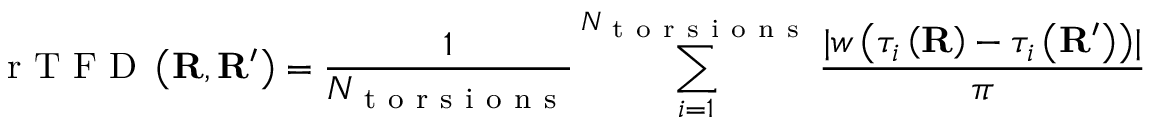
\mathrm { ~ r ~ T ~ F ~ D ~ } \left( \mathbf { R } , \mathbf { R } ^ { \prime } \right) = \frac { 1 } { N _ { \mathrm { ~ t ~ o ~ r ~ s ~ i ~ o ~ n ~ s ~ } } } \sum _ { i = 1 } ^ { N _ { \mathrm { ~ t ~ o ~ r ~ s ~ i ~ o ~ n ~ s ~ } } } \frac { \lvert w \left( \tau _ { i } \left( \mathbf { R } \right) - \tau _ { i } \left( \mathbf { R } ^ { \prime } \right) \right) \rvert } { \pi }